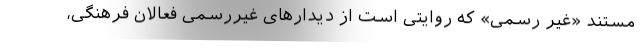
مستند «غیر رسمی» که روایتی است از دیدارهای غیررسمی فعالان فرهنگی،